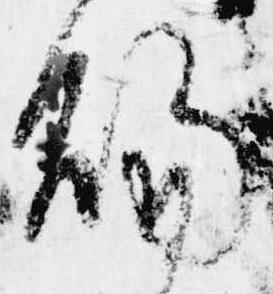
賜